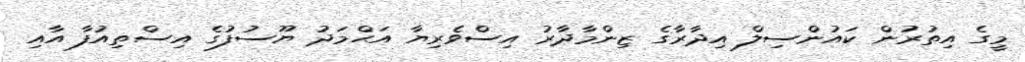
މީގެ އިތުރުން ކައުންސިލް އިދާރާގެ ޒިންމާދާރު އިސްވެރިޔާ އަޙްމަދު ޔޫސުފުގެ އިސްތިއުފާ އާއި